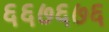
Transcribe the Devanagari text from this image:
६६७६७६